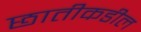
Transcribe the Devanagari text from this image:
छातीकडील